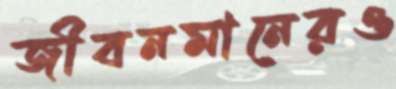
জীবনমানেরও